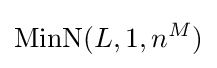
\operatorname {MinN} (L,1,n^{M})